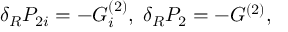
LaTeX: \delta _ { R } { \cal P } _ { 2 i } = - G _ { i } ^ { ( 2 ) } , \; \delta _ { R } P _ { 2 } = - G ^ { ( 2 ) } ,